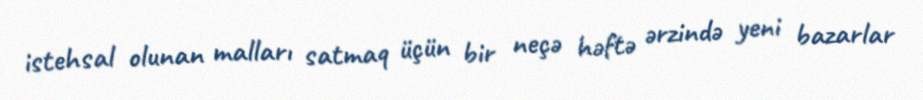
istehsal olunan malları satmaq üçün bir neçə həftə ərzində yeni bazarlar